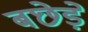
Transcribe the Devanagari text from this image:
बछेड़े